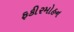
ફકીરમોહન